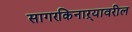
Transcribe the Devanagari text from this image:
सागरकिनाऱ्यावरील